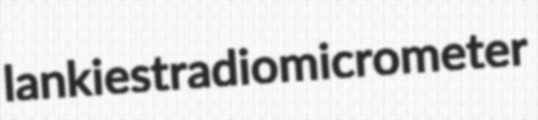
lankiest radiomicrometer